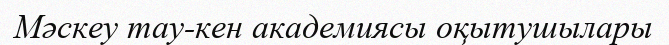
Мәскеу тау-кен академиясы оқытушылары